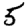
Digit: 5